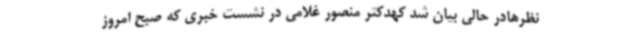
نظرهادر حالی بیان شد کهدکتر منصور غلامی در نشست خبری که صبح امروز